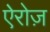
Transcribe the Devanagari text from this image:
ऐरोज़